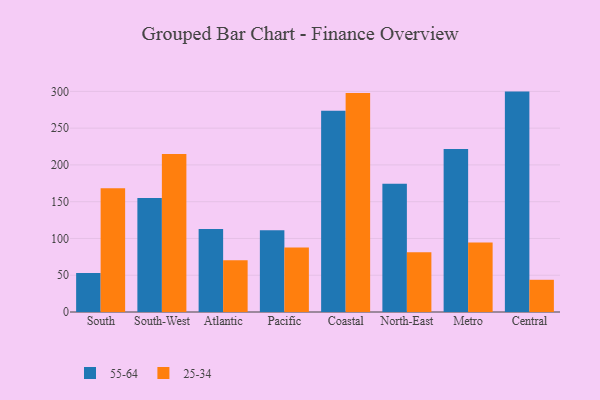
{"axis": {"x": "Region", "y": "Demand Index"}, "legend": ["25-34", "55-64"], "data": [{"x": "South", "y": 53.0, "type": "55-64"}, {"x": "South", "y": 168.3, "type": "25-34"}, {"x": "South-West", "y": 155.0, "type": "55-64"}, {"x": "South-West", "y": 214.8, "type": "25-34"}, {"x": "Atlantic", "y": 113.0, "type": "55-64"}, {"x": "Atlantic", "y": 70.2, "type": "25-34"}, {"x": "Pacific", "y": 111.1, "type": "55-64"}, {"x": "Pacific", "y": 87.7, "type": "25-34"}, {"x": "Coastal", "y": 273.7, "type": "55-64"}, {"x": "Coastal", "y": 297.9, "type": "25-34"}, {"x": "North-East", "y": 174.3, "type": "55-64"}, {"x": "North-East", "y": 81.4, "type": "25-34"}, {"x": "Metro", "y": 221.7, "type": "55-64"}, {"x": "Metro", "y": 94.4, "type": "25-34"}, {"x": "Central", "y": 299.7, "type": "55-64"}, {"x": "Central", "y": 43.8, "type": "25-34"}]}